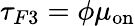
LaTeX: \tau_{F3}=\phi\mu_{\mathrm{on}}